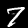
Label: 7